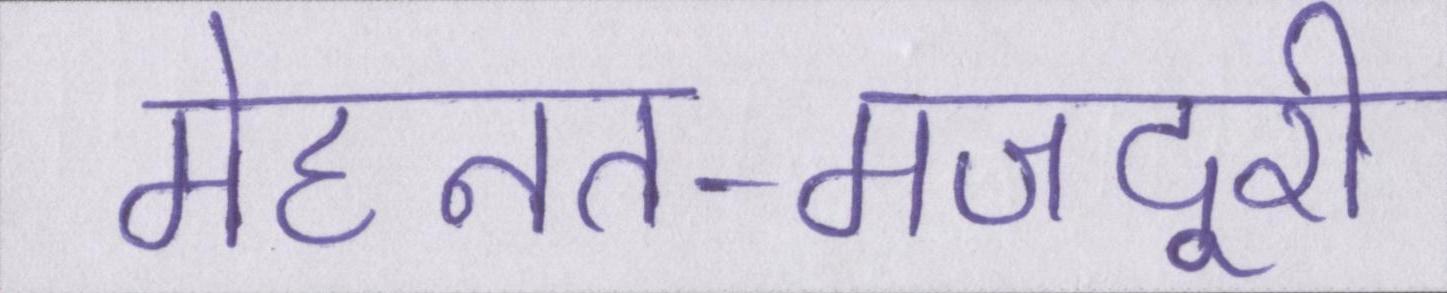
मेहनत-मजदूरी